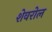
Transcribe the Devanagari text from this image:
शेवरोल